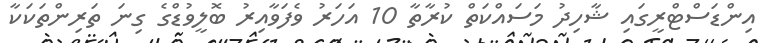
އިންޑަސްޓްރީގައި ޝާހިދު މަސައްކަތް ކުރާތާ 10 އަހަރު ވެފަވާއިރު ބޮލީވުޑްގެ ގިނަ ތަރިންތަކަކާ